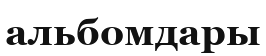
альбомдары